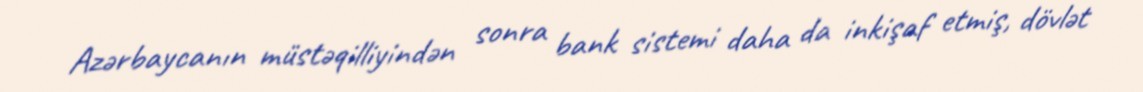
Azərbaycanın müstəqilliyindən sonra bank sistemi daha da inkişaf etmiş, dövlət